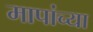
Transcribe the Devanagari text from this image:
मापांच्या